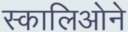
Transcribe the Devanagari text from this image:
स्कालिओने